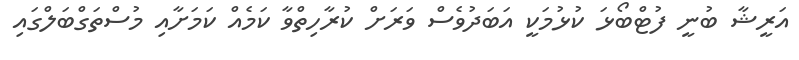
އަރީޝާ ބުނީ ފުޓްބޯޅަ ކުޅުމަކީ އަބަދުވެސް ވަރަށް ކުރާހިތްވާ ކަމެއް ކަމަށާއި މުސްތަގްބަލްގައި